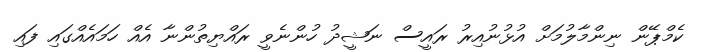
ކެމްޕޭން ނިންމާލުމަށް އުޅުނުއިރު ރައީސް ނަޝީދު ހުންނެވީ ރައްޔިތުންނާ އެއް ހަމައެއްގައި ފައި